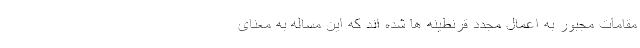
مقامات مجبور به اعمال مجدد قرنطینه ها شده اند که این مساله به معنای